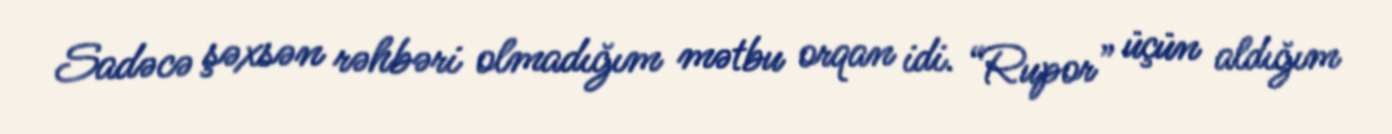
Sadəcə şəxsən rəhbəri olmadığım mətbu orqan idi. “Rupor” üçün aldığım